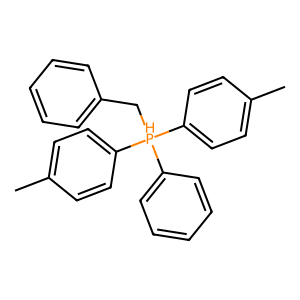
SMILES: Cc1ccc([PH](Cc2ccccc2)(c2ccccc2)c2ccc(C)cc2)cc1
Inhibits HIV replication: No